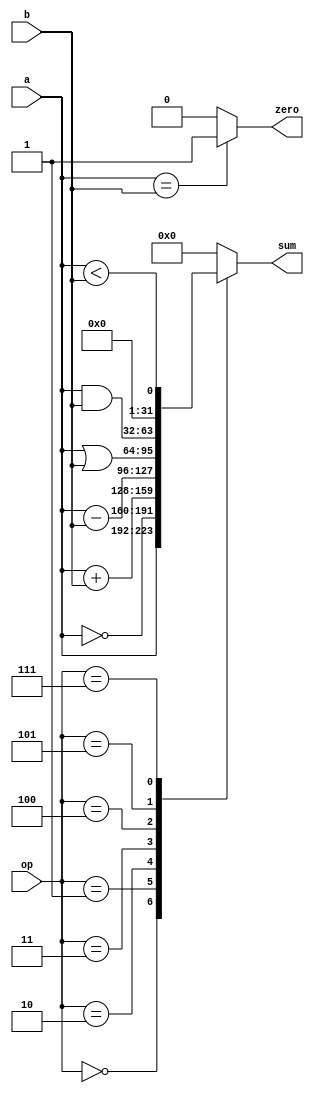
`timescale 1ns / 1ps
//////////////////////////////////////////////////////////////////////////////////
// Company: 
// Engineer: 
// 
// Design Name: 
// Module Name:    ALU 
// Project Name: 
// Target Devices: 
// Tool versions: 
// Description: 
//
// Dependencies: 
//
// Revision: 
// Revision 0.01 - File Created
// Additional Comments: 
//
//////////////////////////////////////////////////////////////////////////////////
module ALU(sum, zero, a, b, op);
input [31:0] a, b;
input [2:0] op;
output reg [31:0] sum;
output reg zero;

always @(a,b,op)
	begin
		case(op)
		3'b000: sum <= a;
		3'b001: sum <= ~a;
		3'b010: sum <= a + b; 
		3'b011: sum <= a - b;
		3'b100: sum <= a | b;
		3'b101: sum <= a & b;
		3'b111: sum <= $signed(a) < $signed(b);
		default: sum <= 0;
		endcase	
	end
	 
always @(a,b,op)
   begin
	if(a == b) 
	begin
   zero <= 1'b1;
	end	
	else 
	begin
	zero <= 1'b0;
   end
end

	 
endmodule